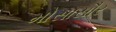
મોસાસૌર